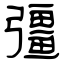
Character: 彊